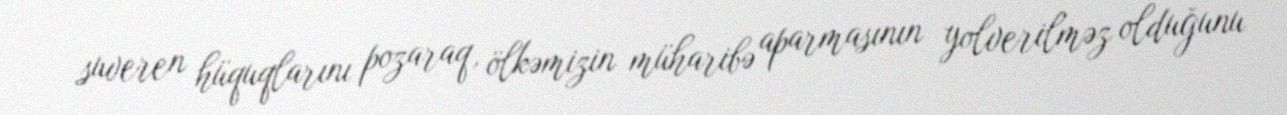
suveren hüquqlarını pozaraq, ölkəmizin müharibə aparmasının yolverilməz olduğunu